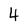
Character: 4